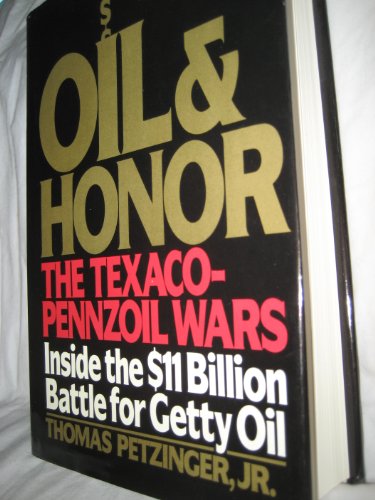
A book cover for Oil and Honor; Thomas Petzinger; Business & Money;